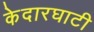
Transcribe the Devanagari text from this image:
केदारघाटी